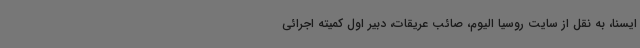
ایسنا، به نقل از سایت روسیا الیوم، صائب عریقات، دبیر اول کمیته اجرائی